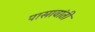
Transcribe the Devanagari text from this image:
पासावांती